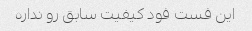
این فست فود کیفیت سابق رو نداره